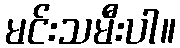
မင်းသမီးပါ။